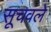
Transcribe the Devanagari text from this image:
सूचवले